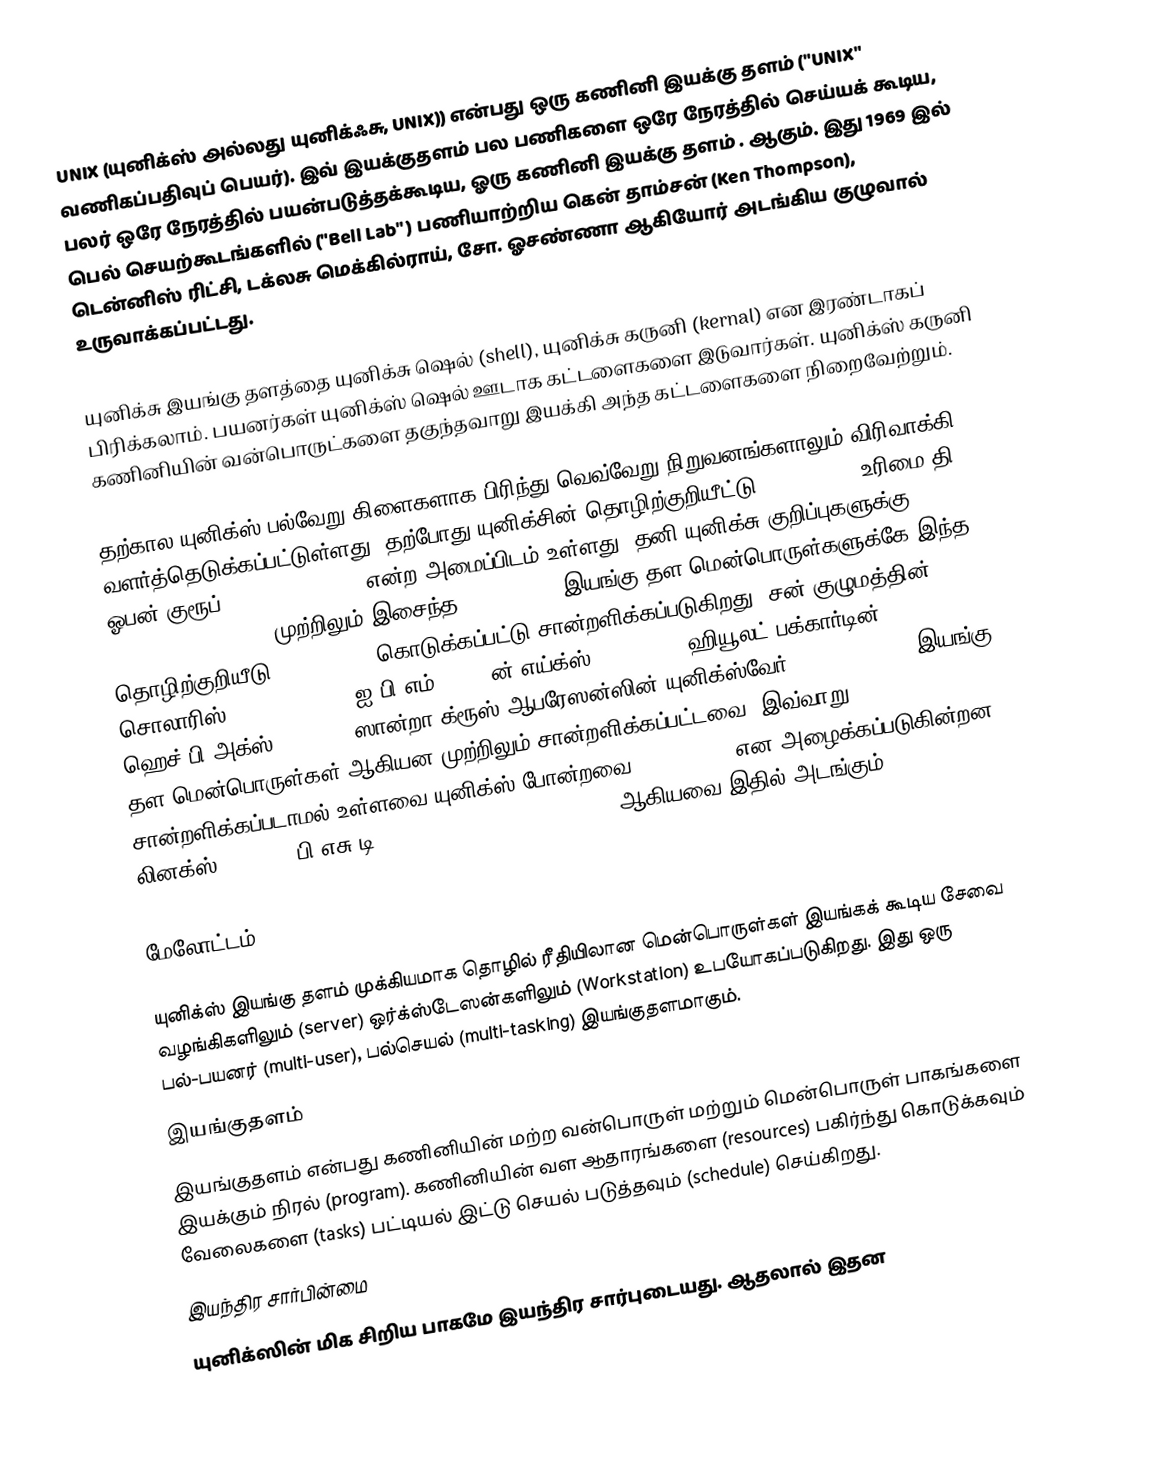
UNIX  (யுனிக்ஸ் அல்லது யுனிக்ஃசு, UNIX)) என்பது ஒரு  கணினி  இயக்கு தளம் ("UNIX" வணிகப்பதிவுப் பெயர்). இவ் இயக்குதளம் பல பணிகளை ஒரே நேரத்தில் செய்யக் கூடிய, பலர் ஒரே நேரத்தில் பயன்படுத்தக்கூடிய, ஓரு கணினி இயக்கு தளம் . ஆகும். இது 1969 இல் பெல் செயற்கூடங்களில்  ("Bell Lab" ) பணியாற்றிய கென் தாம்சன் (Ken Thompson), டென்னிஸ் ரிட்சி, டக்லசு  மெக்கில்ராய், சோ. ஓசண்ணா  ஆகியோர் அடங்கிய குழுவால் உருவாக்கப்பட்டது.

யுனிக்சு இயங்கு தளத்தை யுனிக்சு ஷெல் (shell),  யுனிக்சு கருனி (kernal) என இரண்டாகப் பிரிக்கலாம். பயனர்கள் யுனிக்ஸ் ஷெல் ஊடாக கட்டளைகளை இடுவார்கள். யுனிக்ஸ் கருனி கணினியின் வன்பொருட்களை தகுந்தவாறு இயக்கி அந்த கட்டளைகளை நிறைவேற்றும்.

தற்கால யுனிக்ஸ் பல்வேறு கிளைகளாக பிரிந்து வெவ்வேறு நிறுவனங்களாலும் விரிவாக்கி வளர்த்தெடுக்கப்பட்டுள்ளது. தற்போது யுனிக்சின் தொழிற்குறியீட்டு (trademark) உரிமை தி ஓபன் குரூப் (The Open Group) என்ற அமைப்பிடம் உள்ளது. தனி யுனிக்சு குறிப்புகளுக்கு (Single Unix Specification) முற்றிலும் இசைந்த (compliant) இயங்கு தள மென்பொருள்களுக்கே இந்த தொழிற்குறியீடு (trademark) கொடுக்கப்பட்டு சான்றளிக்கப்படுகிறது. சன் குழுமத்தின் சொலாரிஸ் (Sun Solaris), ஐ.பி.எம்.(IBM)-ன் எய்க்ஸ் (IBM AIX), ஹியூலட் பக்கார்டின் ஹெச்.பி.அக்ஸ் (HP-UX), ஸான்றா க்ரூஸ் ஆபரேஸன்ஸின் யுனிக்ஸ்வேர் (SCO Unixware) இயங்கு தள மென்பொருள்கள் ஆகியன முற்றிலும் சான்றளிக்கப்பட்டவை. இவ்வாறு சான்றளிக்கப்படாமல் உள்ளவை யுனிக்ஸ் போன்றவை (Unix-Like) என அழைக்கப்படுகின்றன. லினக்ஸ் (Linux), பி.எசு.டி. (BSD- Free BSD, NetBSD,etc) ஆகியவை இதில் அடங்கும்.

 மேலோட்டம்

யுனிக்ஸ் இயங்கு தளம் முக்கியமாக தொழில் ரீதியிலான மென்பொருள்கள் இயங்கக் கூடிய சேவை வழங்கிகளிலும் (server) ஒர்க்ஸ்டேஸன்களிலும் (Workstation) உபயோகப்படுகிறது. இது ஒரு பல்-பயனர் (multi-user), பல்செயல் (multi-tasking) இயங்குதளமாகும்.
 இயங்குதளம்
இயங்குதளம் என்பது கணினியின் மற்ற வன்பொருள் மற்றும் மென்பொருள் பாகங்களை இயக்கும் நிரல் (program). கணினியின் வள ஆதாரங்களை (resources) பகிர்ந்து கொடுக்கவும் வேலைகளை (tasks) பட்டியல் இட்டு செயல் படுத்தவும் (schedule) செய்கிறது.
 இயந்திர சார்பின்மை
யுனிக்ஸின் மிக சிறிய பாகமே இயந்திர சார்புடையது. ஆதலால் இதன